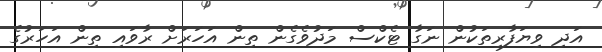
އަދި ވިޔަފާރިތަކުން ނަގާ ޓެކްސް މަދުވެގެން ތިން އަހަރަށް ރާވައި ތިން އަހަރުގެ